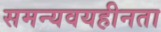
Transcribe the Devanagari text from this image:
समन्यवयहीनता